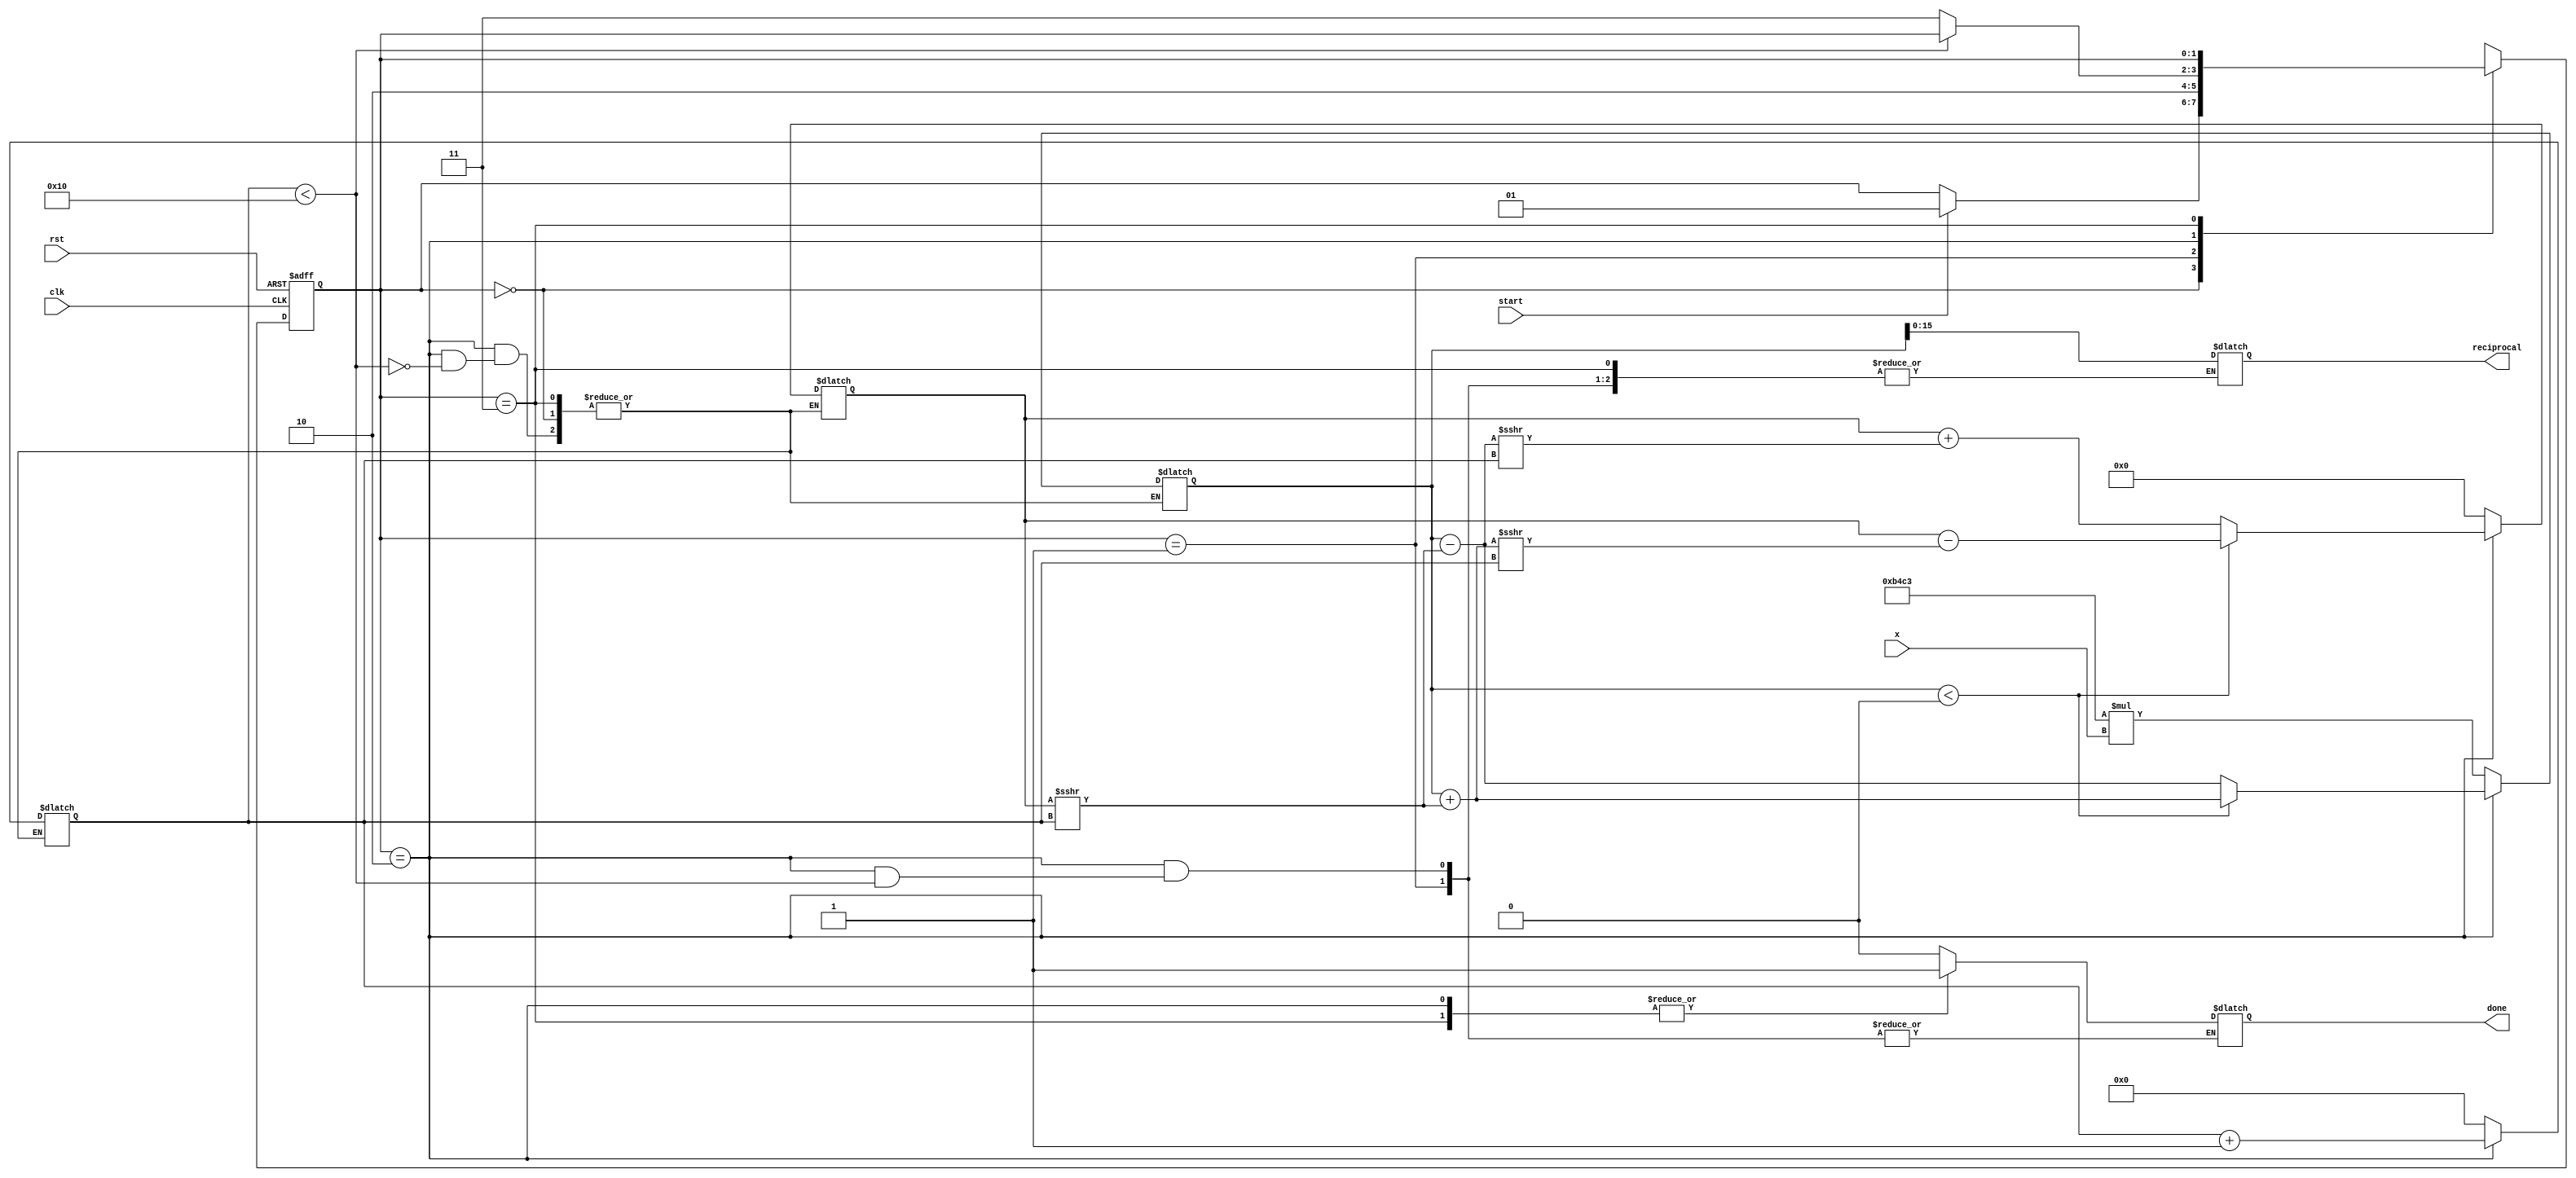
module cordic_reciprocal (
    input wire clk,
    input wire rst,
    input wire start,
    input wire signed [15:0] x, // Input value (fixed-point)
    output reg signed [15:0] reciprocal, // Output reciprocal value
    output reg done // Indicates computation is complete
);

// CORDIC parameters
parameter NUM_ITERATIONS = 16;
parameter [15:0] K = 16'hB4C3; // Scaling factor (approx. 0.6072 for 16-bit)

// State encoding
localparam IDLE = 2'b00, INIT = 2'b01, COMPUTE = 2'b10, DONE = 2'b11;
reg [1:0] state, next_state;

// CORDIC variables
reg signed [31:0] current_x; // Current approximation of 1/x
reg signed [31:0] current_y; // Current value for rotation
reg [4:0] iteration; // Iteration counter
reg signed [15:0] angle_table [0:NUM_ITERATIONS-1]; // Angle lookup table

// Initialize angle table
initial begin
    angle_table[0] = 16'h0000; // atan(2^0)
    angle_table[1] = 16'h26DB; // atan(2^-1)
    angle_table[2] = 16'h1C71; // atan(2^-2)
    angle_table[3] = 16'h14AE; // atan(2^-3)
    angle_table[4] = 16'h0D8F; // atan(2^-4)
    angle_table[5] = 16'h0A3D; // atan(2^-5)
    angle_table[6] = 16'h052C; // atan(2^-6)
    angle_table[7] = 16'h0286; // atan(2^-7)
    angle_table[8] = 16'h0142; // atan(2^-8)
    angle_table[9] = 16'h00A1; // atan(2^-9)
    angle_table[10] = 16'h0051; // atan(2^-10)
    angle_table[11] = 16'h0028; // atan(2^-11)
    angle_table[12] = 16'h0014; // atan(2^-12)
    angle_table[13] = 16'h000A; // atan(2^-13)
    angle_table[14] = 16'h0005; // atan(2^-14)
    angle_table[15] = 16'h0002; // atan(2^-15)
end

// State transition
always @(posedge clk or posedge rst) begin
    if (rst) begin
        state <= IDLE;
    end else begin
        state <= next_state;
    end
end

// Next state and computation logic
always @(*) begin
    next_state = state;
    case (state)
        IDLE: begin
            done = 1'b0;
            if (start) begin
                next_state = INIT;
            end
        end
        INIT: begin
            current_x = K * x; // Initial approximation
            current_y = 0; // Initial y value
            iteration = 0; // Reset iteration counter
            next_state = COMPUTE;
        end
        COMPUTE: begin
            if (iteration < NUM_ITERATIONS) begin
                // CORDIC rotation logic
                if (current_x < 0) begin
                    current_x = current_x + (current_y >>> iteration);
                    current_y = current_y - (current_x >>> iteration);
                end else begin
                    current_x = current_x - (current_y >>> iteration);
                    current_y = current_y + (current_x >>> iteration);
                end
                iteration = iteration + 1;
            end else begin
                reciprocal = current_x; // Final reciprocal value
                done = 1'b1;
                next_state = DONE;
            end
        end
        DONE: begin
            // Stay in DONE state
            done = 1'b1;
        end
    endcase
end

endmodule